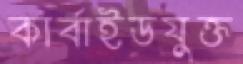
কার্বাইডযুক্ত